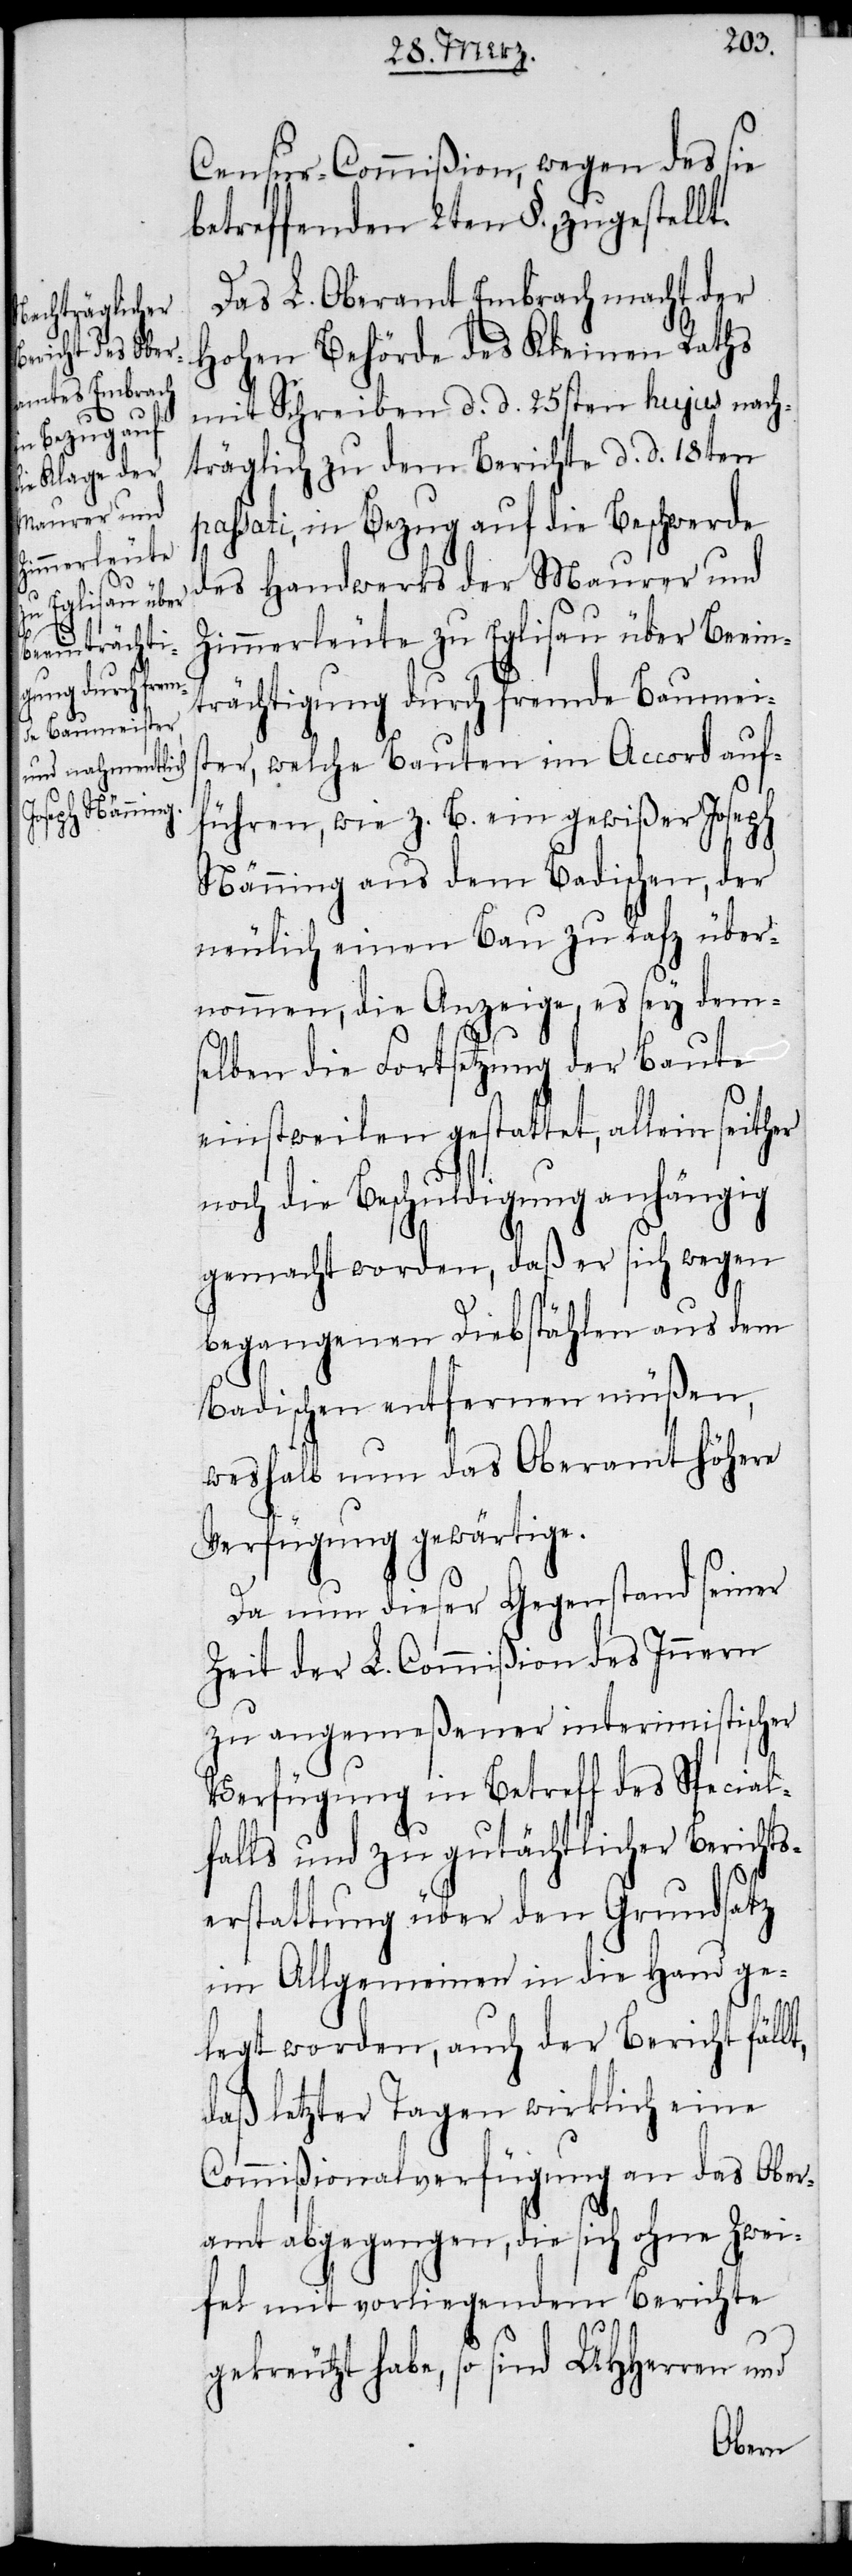
Censur-Commißion, wegen des sie
betreffenden 2ten §. zugestellt.
Das L. Oberamt Embrach macht der
Hohen Behörde des Kleinen Raths
mit Schreiben d. d. 25sten hujus nach¬
träglich zu dem Berichte d. d. 18ten
passati, in Bezug auf die Beschwerde
des Handwerks der Maurer und
Zimmerleute zu Eglisau über Beein¬
trächtigung durch fremde Baumeis¬
ter, welche Bauten im Accord auf¬
führen, wie z. B. ein gewißer Joseph
Nänning aus dem Badischen, der
neulich einen Bau zu Rafz über¬
nommen, die Anzeige, es sey dem¬
selben die Fortsetzung der Baute
einstweilen gestattet, allein seither
noch die Beschuldigung anhängig
gemacht worden, daß er sich wegen
t,
begangenen Diebstählen aus dem
Badischen entfernen müßen,
weshalb nun das Oberamt höhere
Verfügung gewärtige.
Da nun dieser Gegenstand seiner
Zeit der L. Commißion des Innern
zu angemeßener interimistischer
Verfügung in Betreff des Special¬
falls und zu gutächtlicher Berichts¬
erstattung über den Grundsatz
im Allgemeinen in die Hand ge¬
legt worden, auch der Bericht fäll¬
daß letzter Tagen wirklich eine
Commißionalverfügung an das Ober¬
amt abgegangen, die sich ohne Zwei¬
fel mit vorliegendem Berichte
gekreutzt habe, so sind UHHerren und